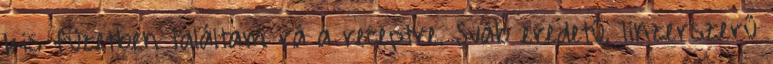
kis füzetben találtam rá a receptre. Sváb eredetű, linzerszerű